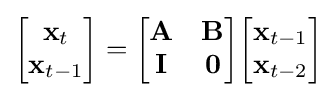
{\begin{bmatrix}\mathbf {x} _{t}\\\mathbf {x} _{t-1}\\\end{bmatrix}}={\begin{bmatrix}\mathbf {A} &\mathbf {B} \\\mathbf {I} &\mathbf {0} \\\end{bmatrix}}{\begin{bmatrix}\mathbf {x} _{t-1}\\\mathbf {x} _{t-2}\end{bmatrix}}